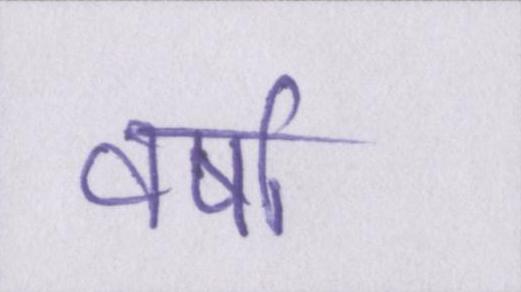
वर्षा